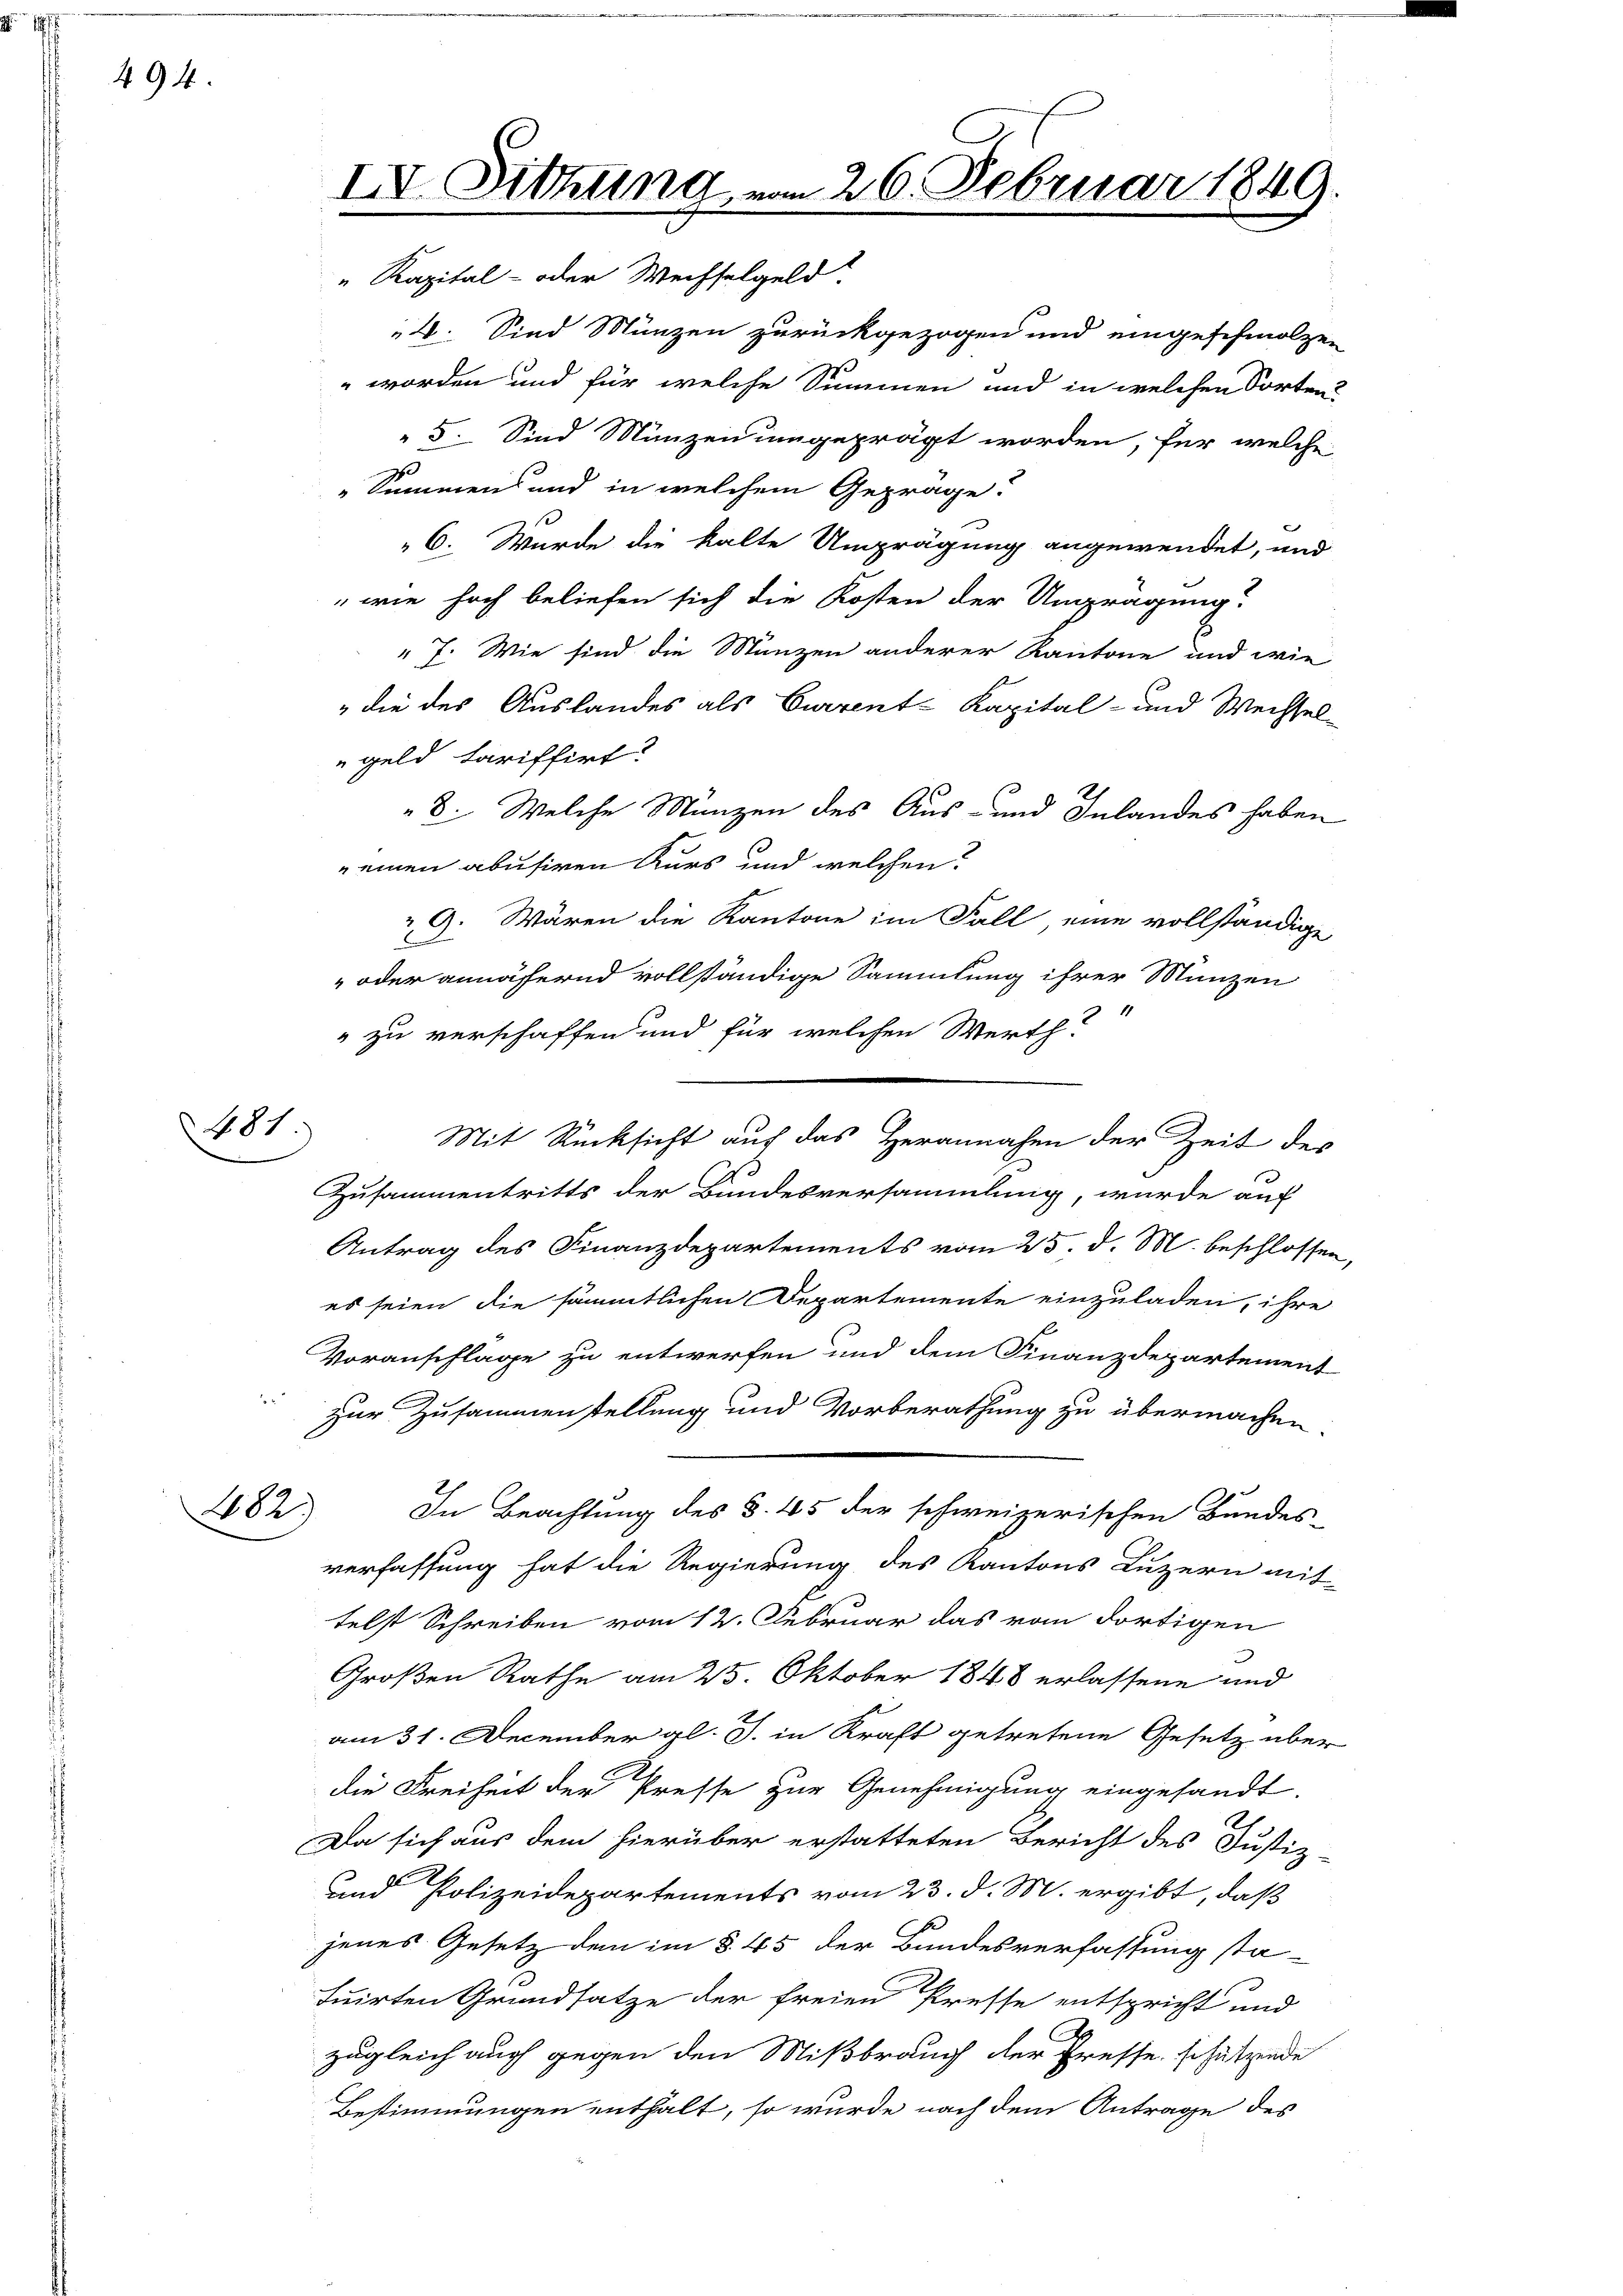
494.

481

282)

IV. Sitzung vom 26. Februar 1849
" Kapital- oder Weisselgeld

4. Sind Münzen zurückgezogen und eingeschmolzen
" worden und für welche Summen und in welchen Sorten
 5. Sind Münzen umgeprägt worden, für welche
.
Summen und in welchem Gepräge.
6. Wurde die kalte Umprägung angewendet, und
"wie hoch beliefen sich die Kosten der Umprägung.
" 7. Wie sind die Münzen anderer Kantone und wie
" die des Auslandes als Current Kapital- und Wechsel-
geld tariffirt?
8. Welche Münzen des Aus- und Inlandes haben
einen abusiren Kurs und welchen.
9. Wären die Kantone im Fall, eine vollständige
 oder annähernd vollständige Sammlung ihrer Münzen
1
" zu verschaffen und für welchen Werth?
Zusammentritts der Bundesversammlung, wurde auf
Antrag des Finanzdepartements vom 25. d. M. beschlossen,
es seien die sämmtlichen Departemente einzuladen, ihre
Voranschlage zu entwerfen und dem Finanzdepartement
zur Zusammenstellung und Vorberathung zu übermachen
In Beachtung des §. 45 der schweizerischen Bundes-
verfassung hat die Regierung des Kantons Luzern mit
telst Schreiben vom 12. Februar das vom dortigen
Großen Rathe am 25. Oktober 1848 erlassene und
am 31. December gl. J. in Kraft getretene Gesetz über
die Freiheit der Presse zur Genehmigung eingesandt.
Da sich aus dem hierüber erstatteten Bericht des Justiz
und Polizeidepartements vom 23. d. M. ergibt, daß
jenes Gesetz den im § 45 der Bundesverfassung sta-
tuirten Grundsatze der freien Presse entspricht und
zugleich auch gegen den Mißbrauch der Presse schätzende
Bestimmungen enthalt, so wurde nach dem Antrage des

Mit Rücksicht auf das Herannahen der Zeit der